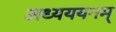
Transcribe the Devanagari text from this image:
अध्यययनम्